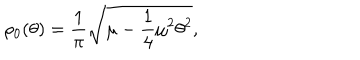
\rho _ { 0 } ( \theta ) = \frac { 1 } { \pi } \sqrt { \mu - \frac { 1 } { 4 } \mu ^ { 2 } \theta ^ { 2 } } ,